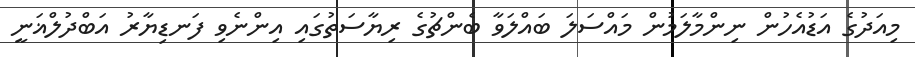
މިއަދުގެ އަޑުއެހުން ނިންމާލަމުން މައްސަލަ ބައްލަވާ ބެންޗުގެ ރިޔާސަތުގައި އިންނެވި ފަނޑިޔާރު އަބްދުލްޣަނީ